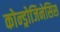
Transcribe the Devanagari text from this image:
कोन्ड्रोजिनेसिस